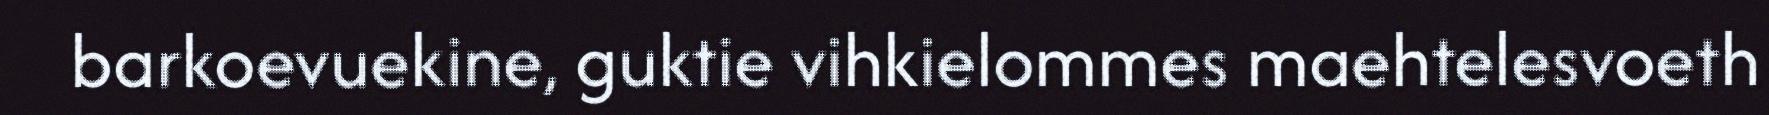
barkoevuekine, guktie vihkielommes maehtelesvoeth